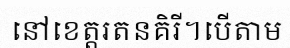
នៅខេត្តរតនគិរី។បើតាម